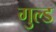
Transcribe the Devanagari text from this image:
गुल्ड